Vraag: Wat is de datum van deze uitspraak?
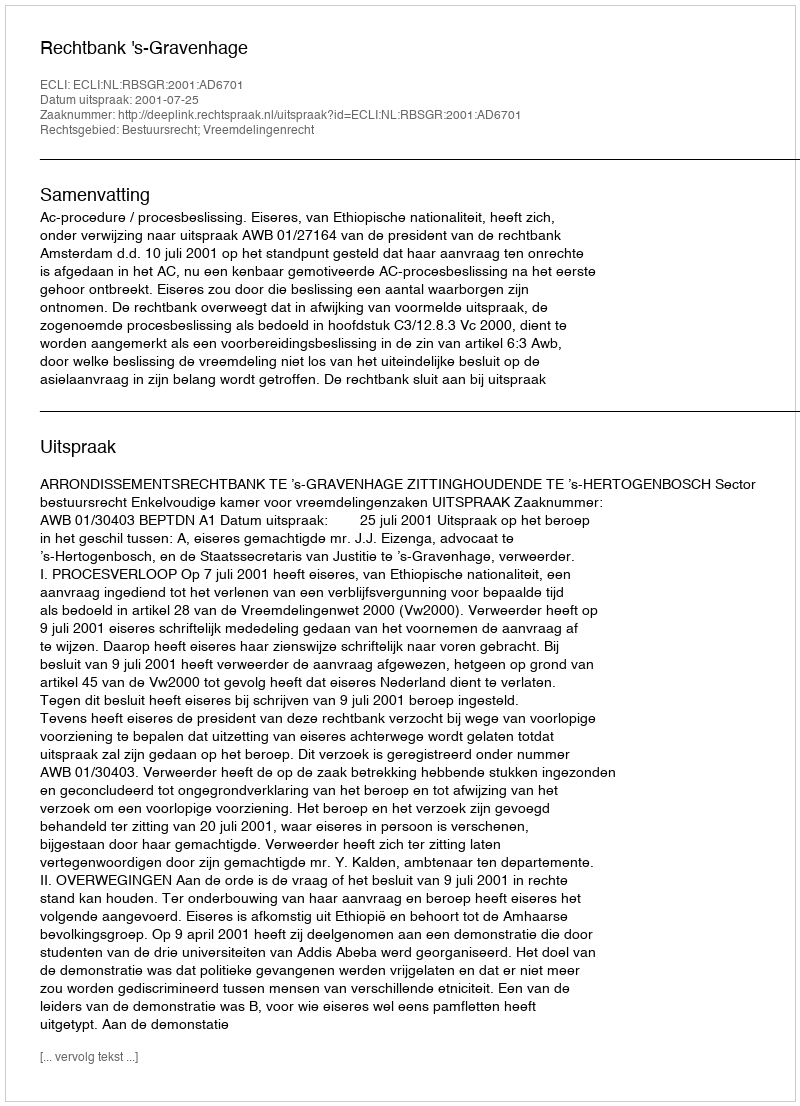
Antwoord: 2001-07-25